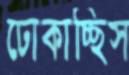
ঢোকাচ্ছিস